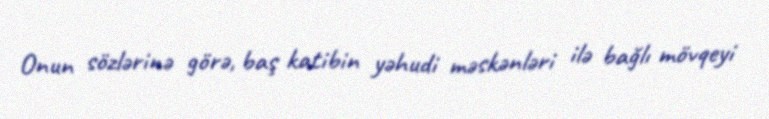
Onun sözlərinə görə, baş katibin yəhudi məskənləri ilə bağlı mövqeyi